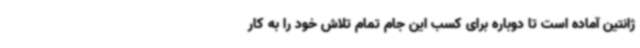
ژانتین آماده است تا دوباره برای کسب این جام تمام تلاش خود را به کار